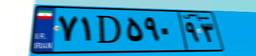
۳۹D۴۵۸۸۷